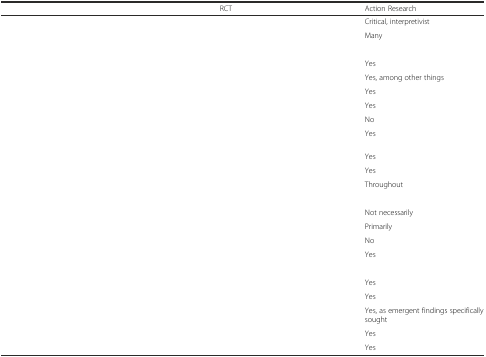
<table><thead><tr><td>[EMPTY_CELL]</td><td><b>RCT</b></td><td><b>Action Research</b></td></tr></thead><tbody><tr><td>[EMPTY_CELL]</td><td>[EMPTY_CELL]</td><td>Critical, interpretivist</td></tr><tr><td>[EMPTY_CELL]</td><td>[EMPTY_CELL]</td><td>Many</td></tr><tr><td>[EMPTY_CELL]</td><td>[EMPTY_CELL]</td><td>[EMPTY_CELL]</td></tr><tr><td>[EMPTY_CELL]</td><td>[EMPTY_CELL]</td><td>Yes</td></tr><tr><td>[EMPTY_CELL]</td><td>[EMPTY_CELL]</td><td>Yes, among other things</td></tr><tr><td>[EMPTY_CELL]</td><td>[EMPTY_CELL]</td><td>Yes</td></tr><tr><td>[EMPTY_CELL]</td><td>[EMPTY_CELL]</td><td>Yes</td></tr><tr><td>[EMPTY_CELL]</td><td>[EMPTY_CELL]</td><td>No</td></tr><tr><td>[EMPTY_CELL]</td><td>[EMPTY_CELL]</td><td>Yes</td></tr><tr><td>[EMPTY_CELL]</td><td>[EMPTY_CELL]</td><td>Yes</td></tr><tr><td>[EMPTY_CELL]</td><td>[EMPTY_CELL]</td><td>Yes</td></tr><tr><td>[EMPTY_CELL]</td><td>[EMPTY_CELL]</td><td>Throughout</td></tr><tr><td>[EMPTY_CELL]</td><td>[EMPTY_CELL]</td><td>[EMPTY_CELL]</td></tr><tr><td>[EMPTY_CELL]</td><td>[EMPTY_CELL]</td><td>Not necessarily</td></tr><tr><td>[EMPTY_CELL]</td><td>[EMPTY_CELL]</td><td>Primarily</td></tr><tr><td>[EMPTY_CELL]</td><td>[EMPTY_CELL]</td><td>No</td></tr><tr><td>[EMPTY_CELL]</td><td>[EMPTY_CELL]</td><td>Yes</td></tr><tr><td>[EMPTY_CELL]</td><td>[EMPTY_CELL]</td><td>[EMPTY_CELL]</td></tr><tr><td>[EMPTY_CELL]</td><td>[EMPTY_CELL]</td><td>Yes</td></tr><tr><td>[EMPTY_CELL]</td><td>[EMPTY_CELL]</td><td>Yes</td></tr><tr><td>[EMPTY_CELL]</td><td>[EMPTY_CELL]</td><td>Yes, as emergent findings specifically sought</td></tr><tr><td>[EMPTY_CELL]</td><td>[EMPTY_CELL]</td><td>Yes</td></tr><tr><td>[EMPTY_CELL]</td><td>[EMPTY_CELL]</td><td>Yes</td></tr></tbody></table>